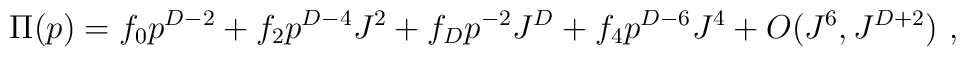
\Pi(p)=   f_0p^{D-2}+f_2p^{D-4}J^{2}+f_Dp^{-2}J^{D}+f_4p^{D-6}J^{4}+O(J^6,J^{D+2})\ ,